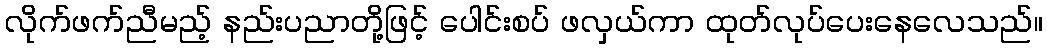
လိုက်ဖက်ညီမည့် နည်းပညာတို့ဖြင့် ပေါင်းစပ် ဖလှယ်ကာ ထုတ်လုပ်ပေးနေလေသည်။